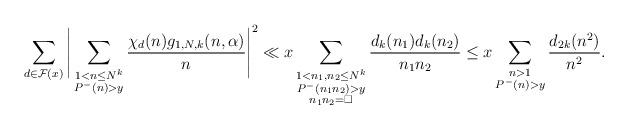
LaTeX: \begin{align*}\sum_{d\in \mathcal{F}(x)} \Bigg|\sum_{\substack{1< n\leq N^{k}\\ P^{-}(n)>y}}\frac{\chi_d(n)g_{1, N, k}(n, \alpha)}{n}\Bigg|^{2} \ll x \sum_{\substack{1<n_1, n_2 \leq N^{k}\\ P^{-}(n_1n_2)> y\\ n_1n_2= \square}}\frac{d_k(n_1)d_k(n_2)}{n_1n_2} \leq x \sum_{\substack{n>1 \\ P^{-}(n)> y}} \frac{d_{2k}(n^2)}{n^2}.\end{align*}